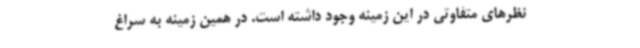
نظرهای متفاوتی در این زمینه وجود داشته است. در همین زمینه به سراغ